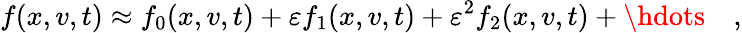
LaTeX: f(x,v,t)\approx f_{0}(x,v,t)+\varepsilon f_{1}(x,v,t)+\varepsilon^{2}f_{2}(x,v,t)+\hdots\quad,